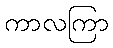
ကာလကြာ